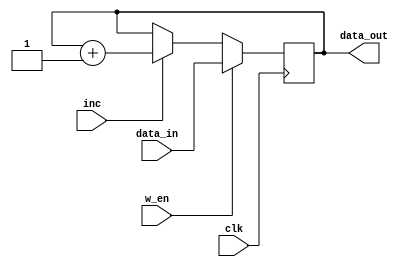
`timescale 1ns / 1ps


module Accumilator(
    input clk,
    input [31:0] data_in,
    output reg [31:0] data_out,
    input inc,
    input w_en
    );
   
    //events done at pose edge
    always @(posedge clk)
    begin
        if (inc==1)
           data_out<= data_out+1;
         if (w_en==1)
            data_out<= data_in;


    end
endmodule